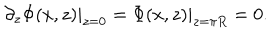
\left. \partial _ { z } \Phi ( x , z ) \right| _ { z = 0 } = \left. \Phi ( x , z ) \right| _ { z = \pi R } = 0 .